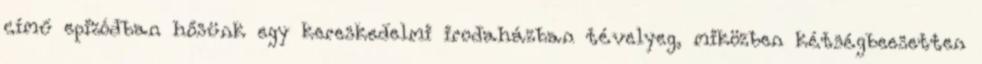
című epizódban hősünk egy kereskedelmi irodaházban tévelyeg, miközben kétségbeesetten